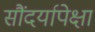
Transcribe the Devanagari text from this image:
सौंदर्यापेक्षा